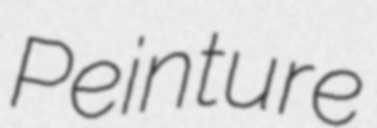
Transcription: Peinture